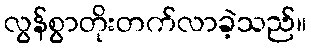
လွန်စွာတိုးတက်လာခဲ့သည်။